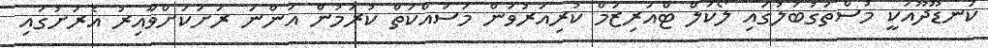
ކަނޑޫދޫއަކީ މުސްތަގުބަލުގައި ލޯކަލް ޓްއަރިޒަމް ކުރިއަރުވަން މަސައްކަތް ކުރަމުން އަންނަ ރަށަކަށްވާއިރު އެރަށުގައި